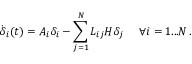
\dot { { \boldsymbol { \delta } } } _ { i } ( t ) = A _ { i } { \boldsymbol { \delta } } _ { i } - \sum _ { j = 1 } ^ { N } L _ { i j } H { \boldsymbol { \delta } } _ { j } \quad \, \, \forall i = 1 . . . N \, .